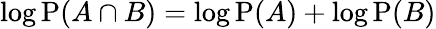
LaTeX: \log\mathrm{P}(A\cap B)=\log\mathrm{P}(A)+\log\mathrm{P}(B)